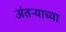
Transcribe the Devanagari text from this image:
अंतऱ्याच्या